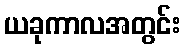
ယခုကာလအတွင်း